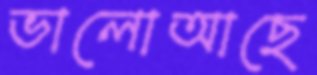
ভালোআছে